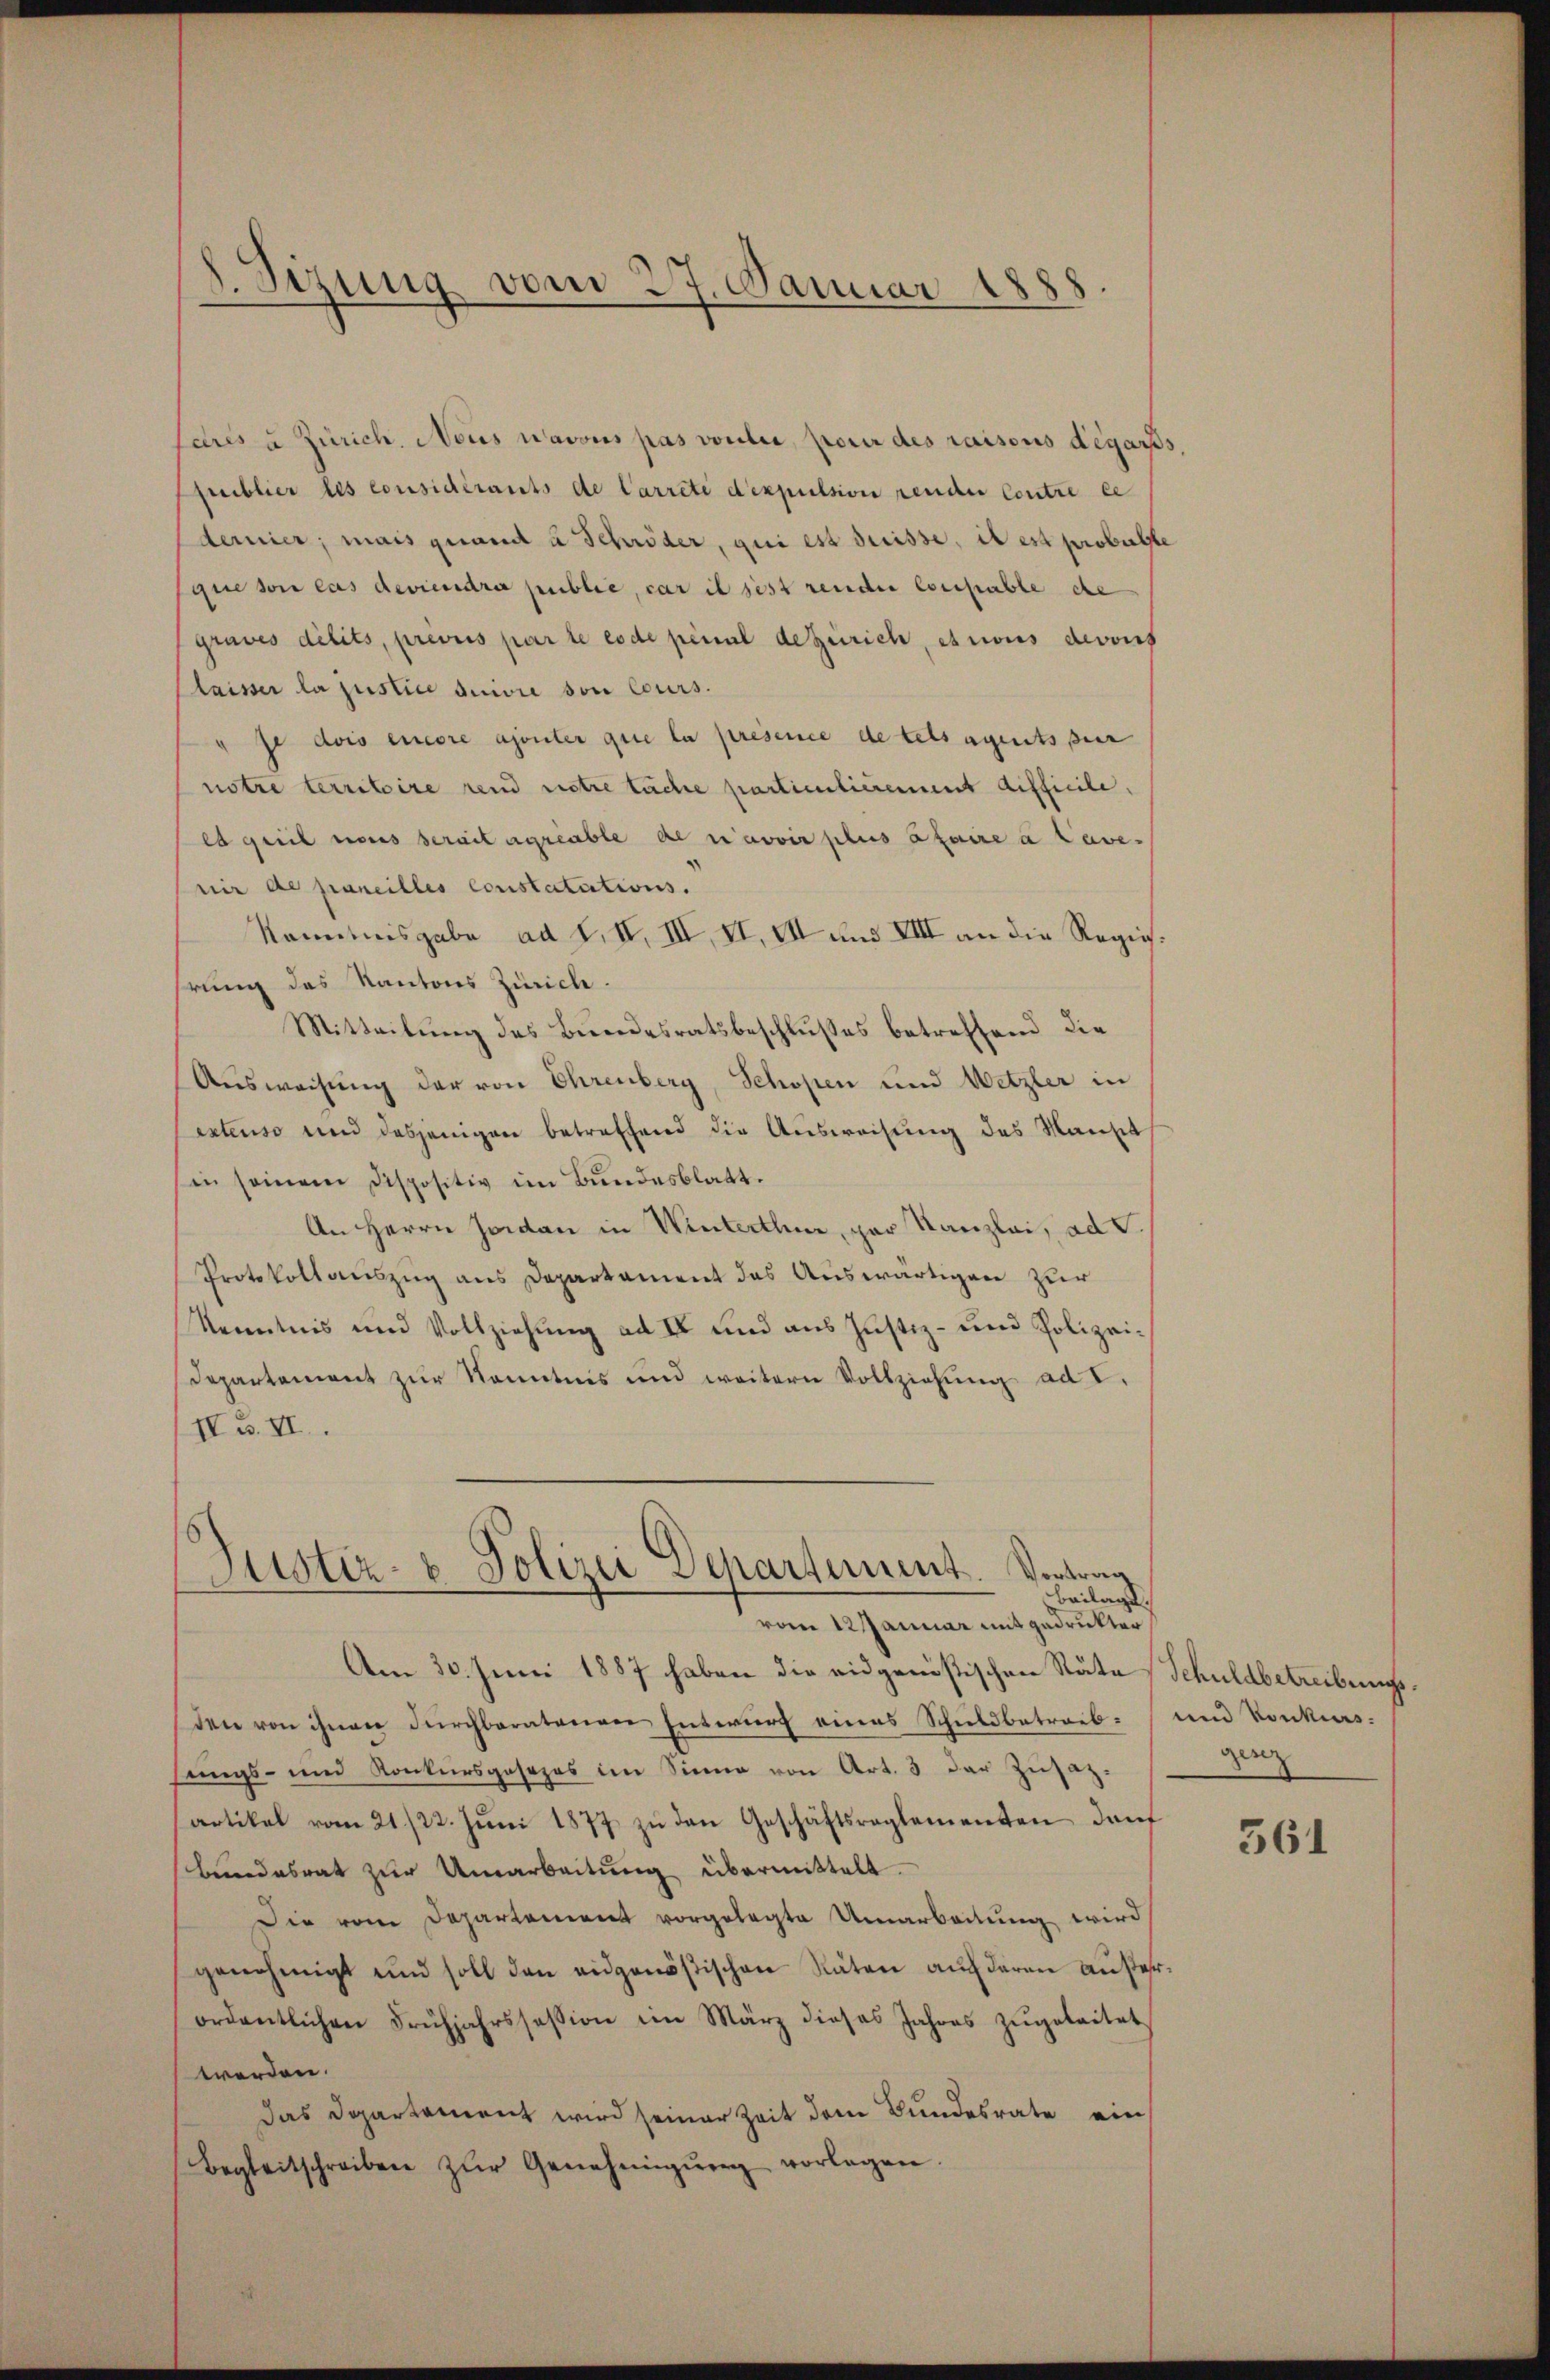
dres u Zürich. Nous navous pas vouler, pour des raisons degart
publier les considérants de Carreté d’expulsion render Contre ce
derier; mais quand u Schröder, qui est dreisse, il est probuste
sque son cas deviendre public, car il sest render Coupable de
graves délits, previs par le code pénal de Zürich, es nous devors
laisser la justice suivre son Cours.
je dois encore ajouter que la presence de telsagentsper
notre territoire rend notre tachte partientierenent difficile,
es geeil noces serait agreable de n’avoir plus étaire a Caves
nir de pareilles constatutions.
Kenntnisgabe ad 1. II, III VI. VII und VIII an die Regiehrung des Kantons Zürich.
Mitteilung des Bundesratsbeschlußes betreffend die
Ausweisung der von Ehrenberg, Schopen und Wetzler in
extenso und dasjenigen betreffend die Ausweisung des Manset
in seinem Dispositiv im Bundesblatt.
An Herrn Jordan in Winterthur, par Kanzlei, ad S.
Protokollauszug aus Departament das Auswärtigen zur
Kenntnis und Vollziehung ad I und aus Justiz- und Polizei¬
Departement zur Kenntnis und weitern Vollziehung ad I.
IV u. II.

8. Sizung vom 27. Januar 1888.

Justiz- & Polizei Departement. Vortrag
Beilage.
vom 12 Januar mit gedruckter

Am 30. Juni 1887 haben die eidgenößischen Räte Schuldbetreibungs
den von ihnen durchberatenen Entwurf eines Schuldbetraibsungs- und Konkursgesezes im Sinne von Art. 3 der Zusatz-
artikel vom 21./22. Jŭni 1877 zŭ den Geschäftsreglementen darf
bundesrat zur Umarbeitung übermittelt.
Die vom Departement vorgelegte Umarbeitung wird
genehmigt und soll den eidgenößischen Räten auf deren Austerordentlichen Frühjahrssession im März dieses Jahres zŭgeleitet
werden.
Das Departement wird seiner Zeit dem Bundesrate ein
Begleitschreiben zŭr Genehmigŭng vorlagen.

8.

und Konkurs.
geeig

561